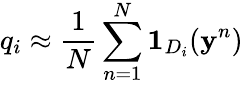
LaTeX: q_{i}\approx\frac{1}{N}\sum_{n=1}^{N}\mathbf{1}_{D_{i}}(\mathbf{y}^{n})